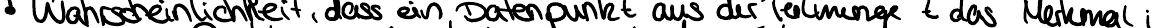
- Wahrscheinlichkeit, dass ein Datenpunkt aus der Teilmenge t das Merkmal i